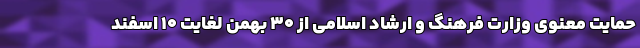
حمایت معنوی وزارت فرهنگ و ارشاد اسلامی از ۳۰ بهمن‌ لغایت ۱۰ اسفند